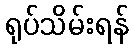
ရုပ်သိမ်းရန်